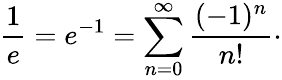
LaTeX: {\frac{1}{e}}=e^{-1}=\sum_{n=0}^{\infty}{\frac{(-1)^{n}}{n!}}\cdot